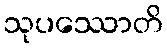
သုပဿောတိ